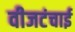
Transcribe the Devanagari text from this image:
वीजटंचाई